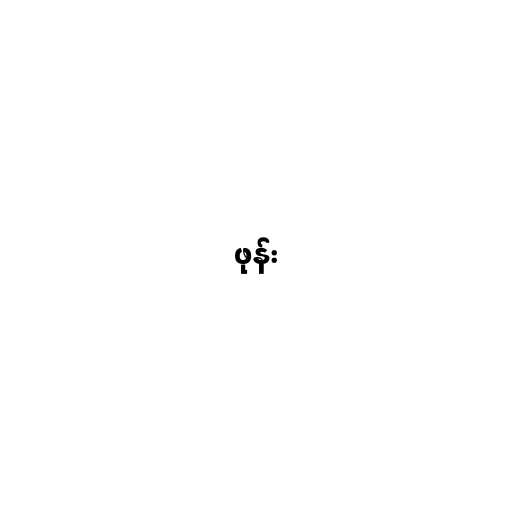
ဖုန်း